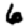
Digit: 6